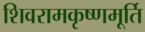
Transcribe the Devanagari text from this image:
शिवरामकृष्णमूर्ति